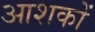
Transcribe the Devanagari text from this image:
आशकों